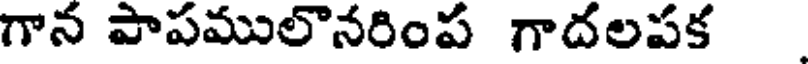
గాన పాపములొనరింప గాదలపక